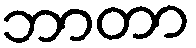
ဘာတာ